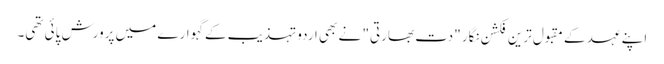
اپنے عہد کے مقبول ترین فکشن نگار "دت بھارتی" نے بھی اردو تہذیب کے گہوارے میں پرورش پائی تھی۔